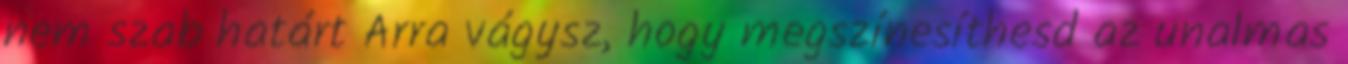
nem szab határt Arra vágysz, hogy megszínesíthesd az unalmas